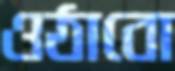
ওঠাবো